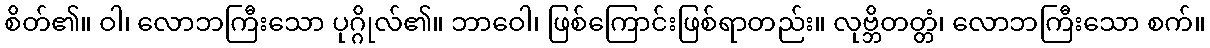
စိတ်၏။ ဝါ၊ လောဘကြီးသော ပုဂ္ဂိုလ်၏။ ဘာဝေါ၊ ဖြစ်ကြောင်းဖြစ်ရာတည်း။ လုဗ္ဘိတတ္တံ၊ လောဘကြီးသော စက်။